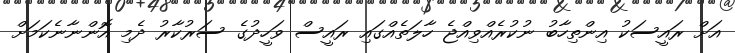
އަށް ރައީސަކު އިންތިހާބު ނުކުރެއްވިއްޖެ ހާލަތެއްގައި ރައީސް ވަހީދުގެ ސަރުކާރު ދެމި އޮންނާނެކަމަށް